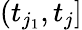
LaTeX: (t_{j_{1}},t_{j}]